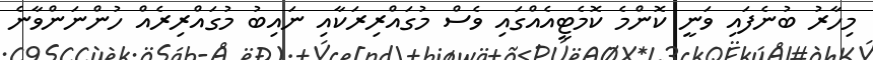
މިހާރު ބުނެފައި ވަނީ ކޮންމެ ކޮމެޓީއެއްގައި ވެސް މުގައްރިރަކާއި ނައިބު މުގައްރިރެއް ހުންނަންވާނެ